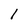
Character: l